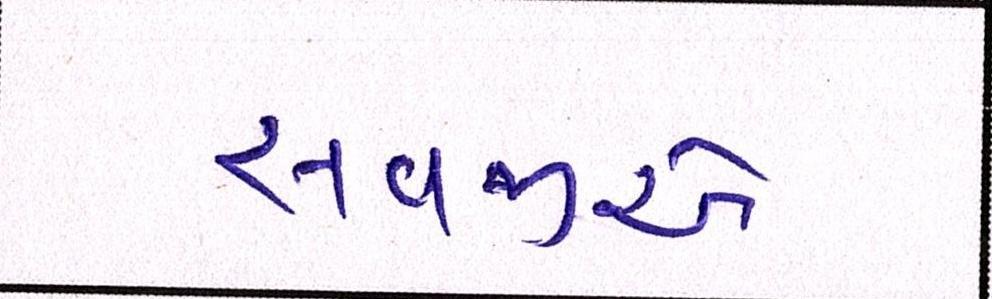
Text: સવજીએ